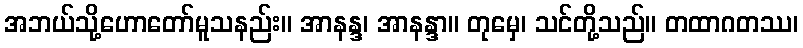
အဘယ်သို့ဟောတော်မူသနည်း။ အာနန္ဒ၊ အာနန္ဒာ။ တုမှေ၊ သင်တို့သည်။ တထာဂတဿ၊